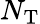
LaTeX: N_{\mathrm{T}}